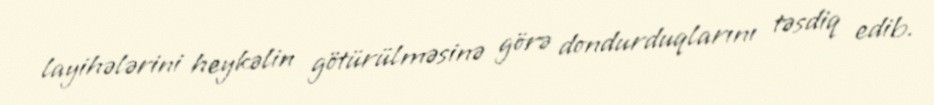
layihələrini heykəlin götürülməsinə görə dondurduqlarını təsdiq edib.